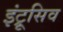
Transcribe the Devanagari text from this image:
इंट्रूसिव